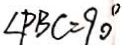
\angle P B C = 9 0 ^ { \circ }